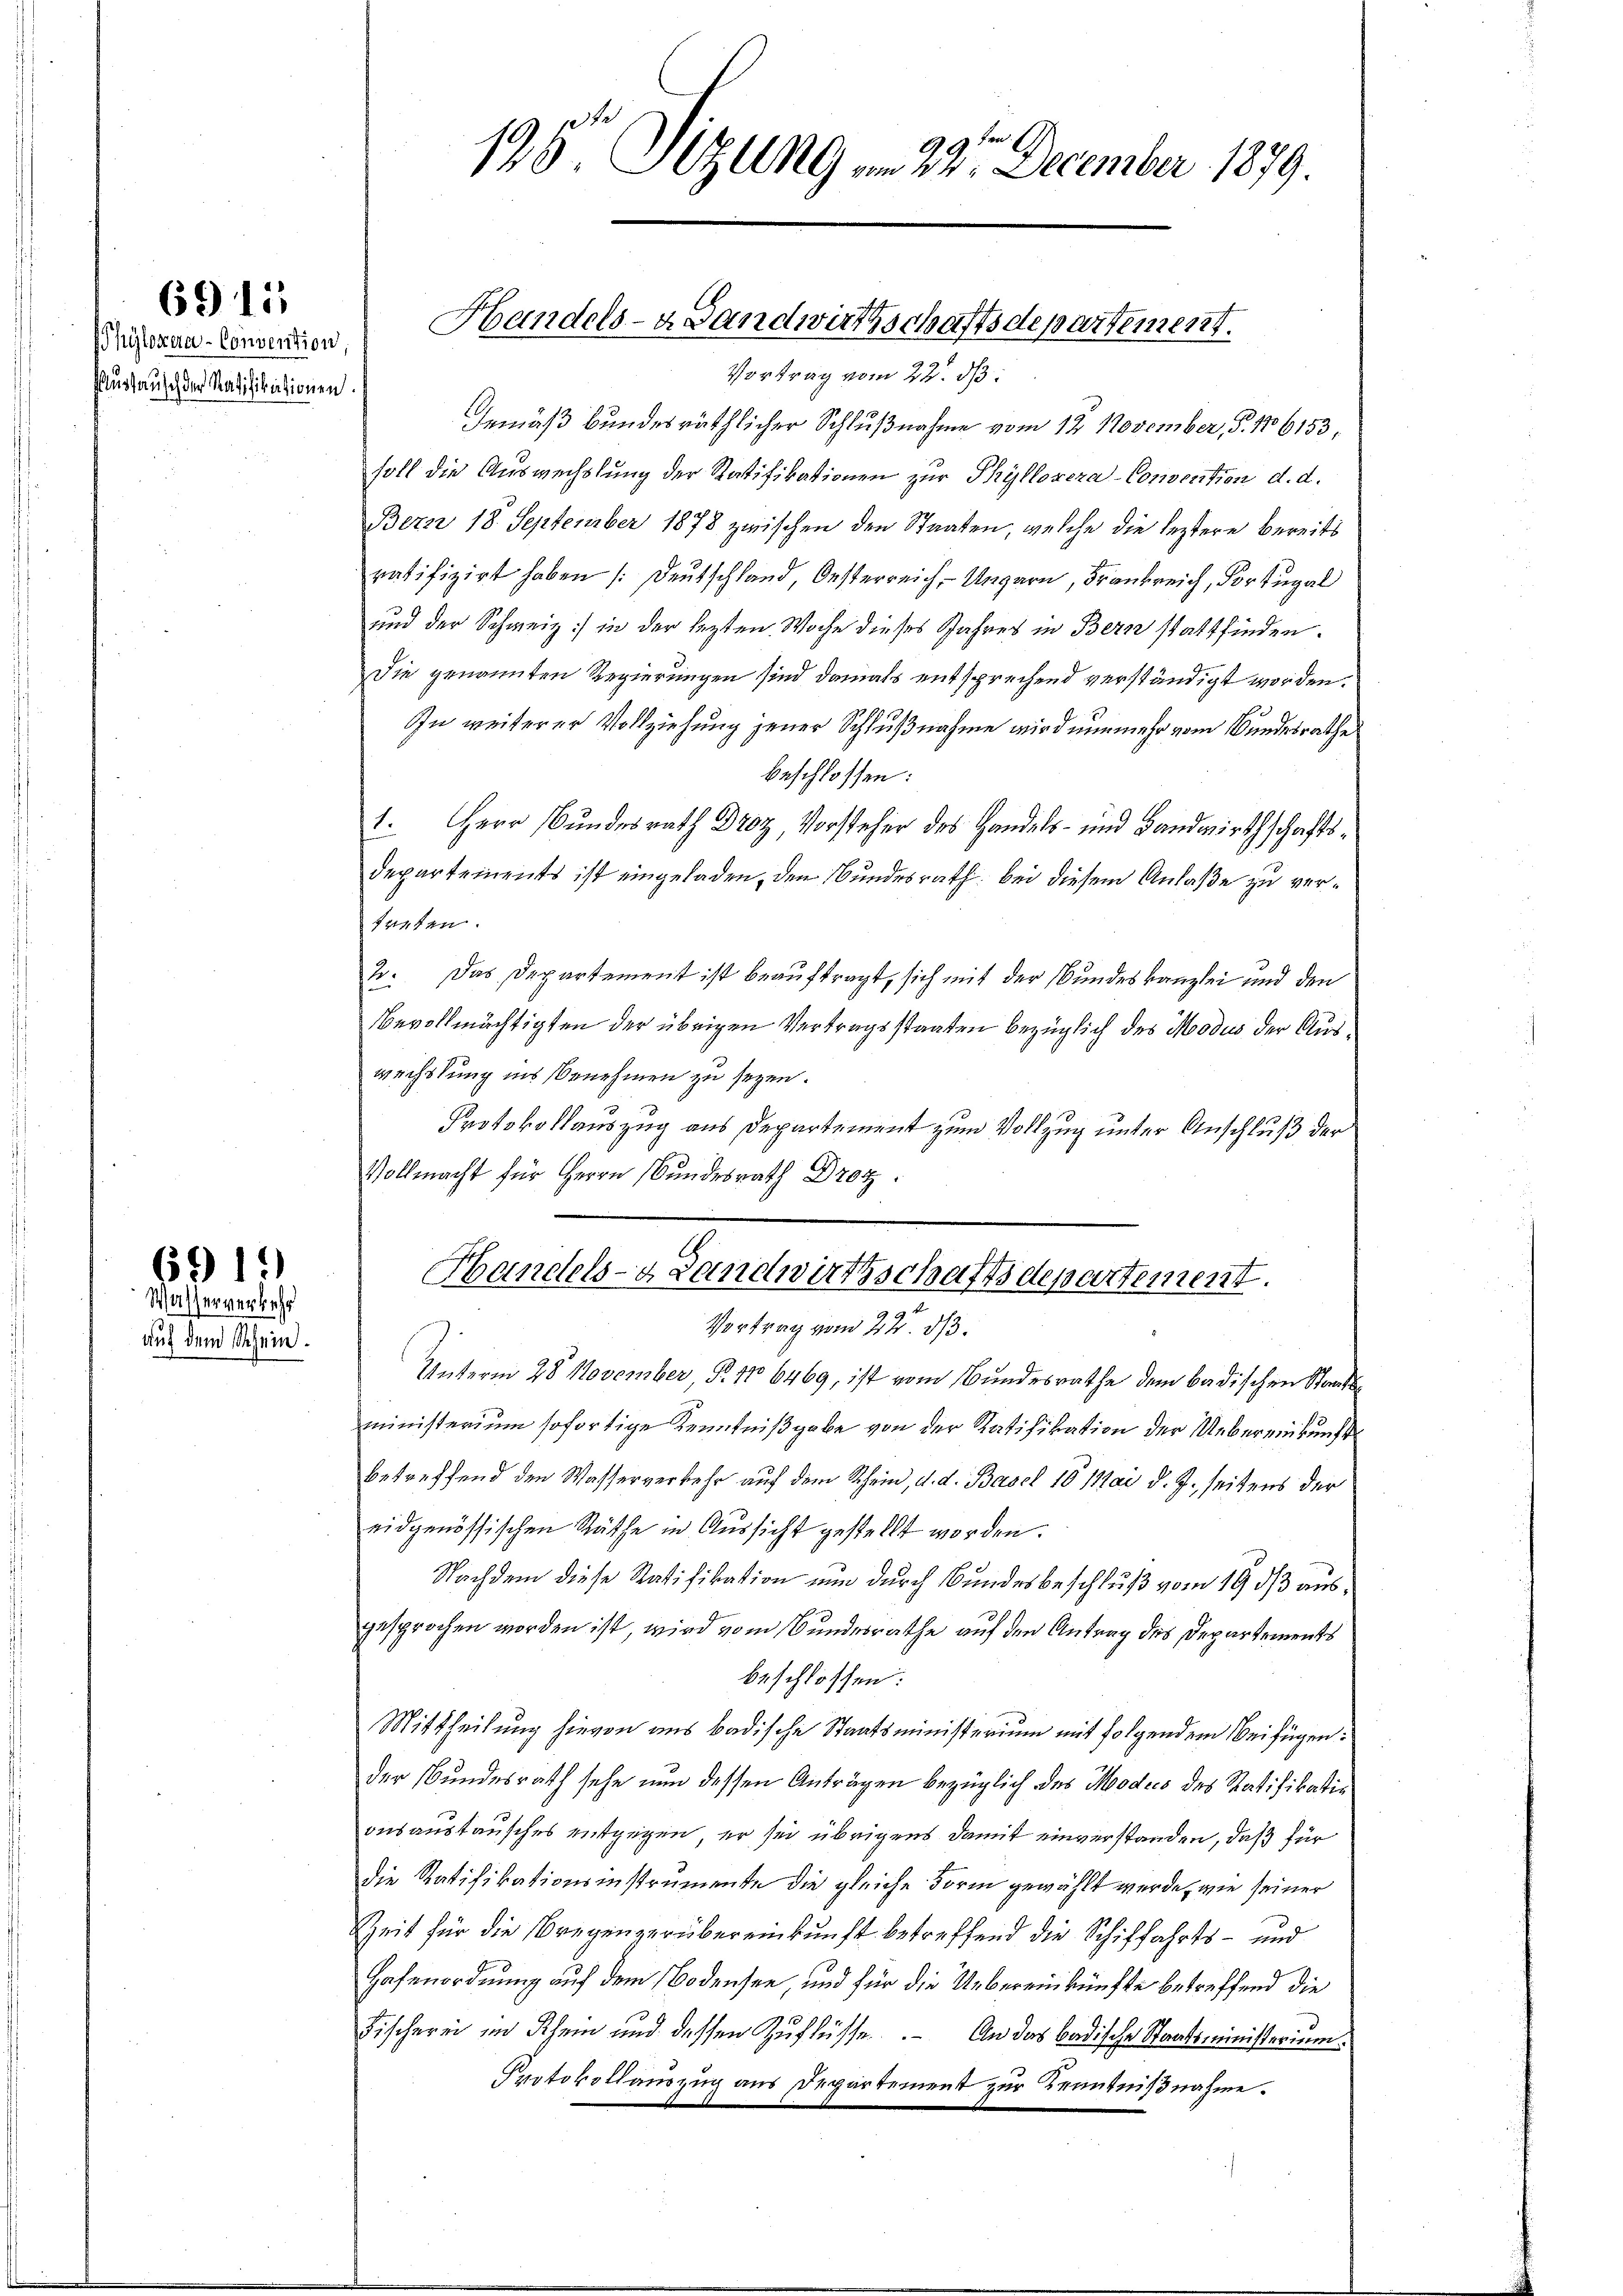
6911

Phyloxera-Convention
faustausch der Ratifikationen.

6919)
Wasserverkehr

auf dem Schein.

195 Sizung am 22. December 1879.

Handels-a Landwirthschaftsdepartement.
Vortrag vom 22. ds.

Gemäß bundesräthlicher Schlußnahme vom 12. November, S. 186153,
soll die Auswechslung der Ratifikationen zur Phylloseza-Consention d. d.
Bern 18. September 1878 zwischen den Staaten, welche die leztere bereits
ratifizirt haben (Deutschland, Oesterreich-Ungarn, Frankreich, Portugal
und der Schweiz in der lezten Woche dieses Jahres in Bern stattfinden.
Die genannten Regierungen sind damals entsprechend verständigt worden.
In weiterer Vollziehung jener Schlußnahme wird nunmehr vom Bundesrathe
beschlossen:
1. Herr Bundesrath Dr Vorsteher des Handels- und Landwirthschafts¬
Departements ist eingeladen, den Bundesrath bei diesem Anlaße zu vertreten.
2. Das Departement ist beauftragt, sich mit der Bundeskanzlei und den
Bevollmächtigten der übrigen Vertragsstaaten bezüglich des Modus der Auswechslung ins Benehmen zu sezen.
Protokollauszug aus Departement zum Vollzug unter Anschluß der
Vollmacht für Herrn Bundesrath Droz.
Handels- Landwirthschaftsdepartement.

Vortrag vom 22. ds.
Unterm 28. November P. 116469, ist vom Bundesrathe dem badischen Staatsministerium sofortige Kenntnißgabe von der Ratifikation der Uebereinkunft
betreffend den Wasserverkehr auf dem Rhein, d. d. Basel 10 Mai d. J. seitens der
eidgenössischen Räthe in Aussicht gestellt worden.
Nachdem diese Ratifikation nun durch Bundesbeschluß vom 19. ds ausgesprochen worden ist, wird vom Bundesrathe auf den Antrag des Departements
beschlossen:
Mittheilung hievon aus badische Staatsministerium mit folgendem Beifügen:
der Bundesrath sehe nun dessen Anträgen bezüglich des Modus des Ratifikatio
onsaustausches entgegen, er sei übrigens damit einverstanden, daß für
die Ratifikationsinstrumente die gleiche Form gewählt werde, wie seiner
Zeit für die Bregenzerübereinkunft betreffend die Schiffahrts- und
Hafenordnung auf dem Bodensee und für die Uebereinkünfte betreffend die
Fischerei im Rhein und dessen Zuflüsse. An das badische Staatsministerium
Protokollauszug aus Departement zur Kenntnißnahme.